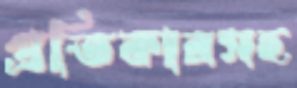
প্রতিকারসহ